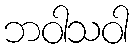
ဘဝါသဝါ